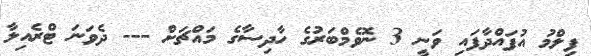
ފިލްމު އުފައްދާފައި ވަނީ 3 ނޮވެމްބަރުގެ ހާދިސާގެ މައްޗަށް --- ދެވަނަ ޓްރެއިލާ